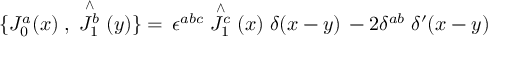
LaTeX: \{ J _ { 0 } ^ { a } ( x ) \; , \; \stackrel { \wedge } { J _ { 1 } ^ { b } } ( y ) \} = \, \epsilon ^ { a b c } \stackrel { \wedge } { J _ { 1 } ^ { c } } ( x ) \; \delta ( x - y ) \, - 2 \delta ^ { a b } \; \delta ^ { \prime } ( x - y )